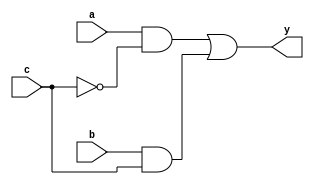
module mux_2to1_b(y,a,b,c);
input a;
input b;
input c;
output y;
assign y = (a&~c) | (b&c);
endmodule